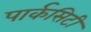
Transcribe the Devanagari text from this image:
पार्कसिटी